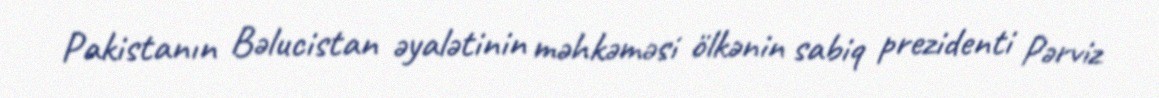
Pakistanın Bəlucistan əyalətinin məhkəməsi ölkənin sabiq prezidenti Pərviz